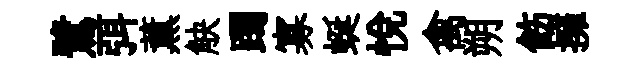
鷺弭薫觖躅寡蜒悅禽朔飭擁